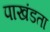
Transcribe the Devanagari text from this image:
पाखंडता